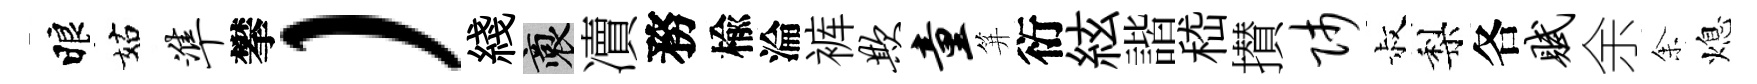
睱姑准攀）綫裔凟務楡淪裤欺童笄衍絃諧嵇攅师叔梨各赋余𪜬熄